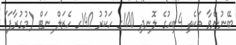
ބޭނުންވާ ތަކެތި 4ބިހުގެ ލޮނދި 100ގ ހަކުރު 140ގ ހެޒަލް ނަޓް (މުގުރާފަ)